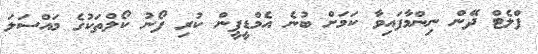
ފްލެޓް ދޭން ނިންމާފައިވާ ކަމަށް ބުނެ އެމްޑީޕީން ކުރި ފޯނު ކޯލްތަކުގެ މައްސަލަ